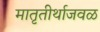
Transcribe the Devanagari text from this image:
मातृतीर्थाजवळ